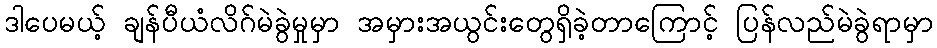
ဒါပေမယ့် ချန်ပီယံလိဂ်မဲခွဲမှုမှာ အမှားအယွင်းတွေရှိခဲ့တာကြောင့် ပြန်လည်မဲခွဲရာမှာ